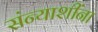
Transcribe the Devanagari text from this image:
संन्याशींना